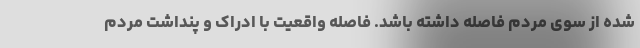
شده از سوی مردم فاصله داشته باشد. فاصله واقعیت با ادراک و پنداشت مردم